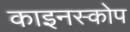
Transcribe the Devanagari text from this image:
काइनस्कोप